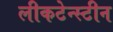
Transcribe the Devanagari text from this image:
लीकटेन्स्टीन